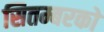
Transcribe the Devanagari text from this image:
सितम्बरको